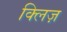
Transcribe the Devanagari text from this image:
क्लिज़